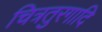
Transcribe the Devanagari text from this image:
चित्रतुरगादि